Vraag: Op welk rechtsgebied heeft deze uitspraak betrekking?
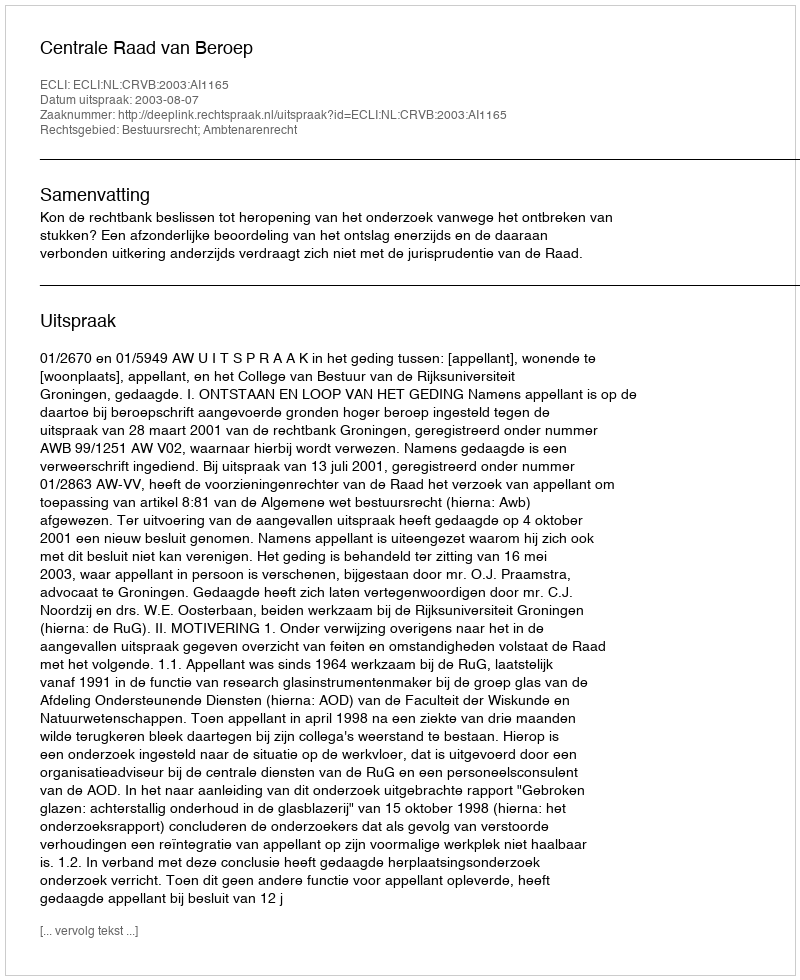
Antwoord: Bestuursrecht; Ambtenarenrecht